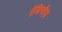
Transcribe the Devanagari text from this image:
ऐडिनॉएड